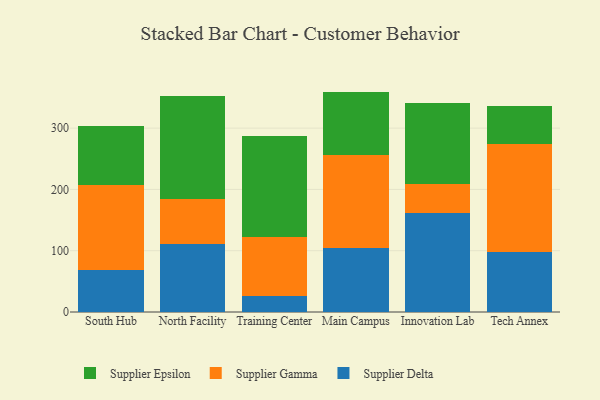
{"axis": {"x": "Campus", "y": "Customer Acquisition Cost (USD)"}, "legend": ["Supplier Delta", "Supplier Epsilon", "Supplier Gamma"], "data": [{"x": "South Hub", "y": 68.1, "type": "Supplier Delta"}, {"x": "South Hub", "y": 139.0, "type": "Supplier Gamma"}, {"x": "South Hub", "y": 96.2, "type": "Supplier Epsilon"}, {"x": "North Facility", "y": 110.3, "type": "Supplier Delta"}, {"x": "North Facility", "y": 73.6, "type": "Supplier Gamma"}, {"x": "North Facility", "y": 168.0, "type": "Supplier Epsilon"}, {"x": "Training Center", "y": 25.8, "type": "Supplier Delta"}, {"x": "Training Center", "y": 96.0, "type": "Supplier Gamma"}, {"x": "Training Center", "y": 165.1, "type": "Supplier Epsilon"}, {"x": "Main Campus", "y": 103.7, "type": "Supplier Delta"}, {"x": "Main Campus", "y": 153.1, "type": "Supplier Gamma"}, {"x": "Main Campus", "y": 102.8, "type": "Supplier Epsilon"}, {"x": "Innovation Lab", "y": 161.3, "type": "Supplier Delta"}, {"x": "Innovation Lab", "y": 47.7, "type": "Supplier Gamma"}, {"x": "Innovation Lab", "y": 131.8, "type": "Supplier Epsilon"}, {"x": "Tech Annex", "y": 97.3, "type": "Supplier Delta"}, {"x": "Tech Annex", "y": 176.0, "type": "Supplier Gamma"}, {"x": "Tech Annex", "y": 63.3, "type": "Supplier Epsilon"}]}